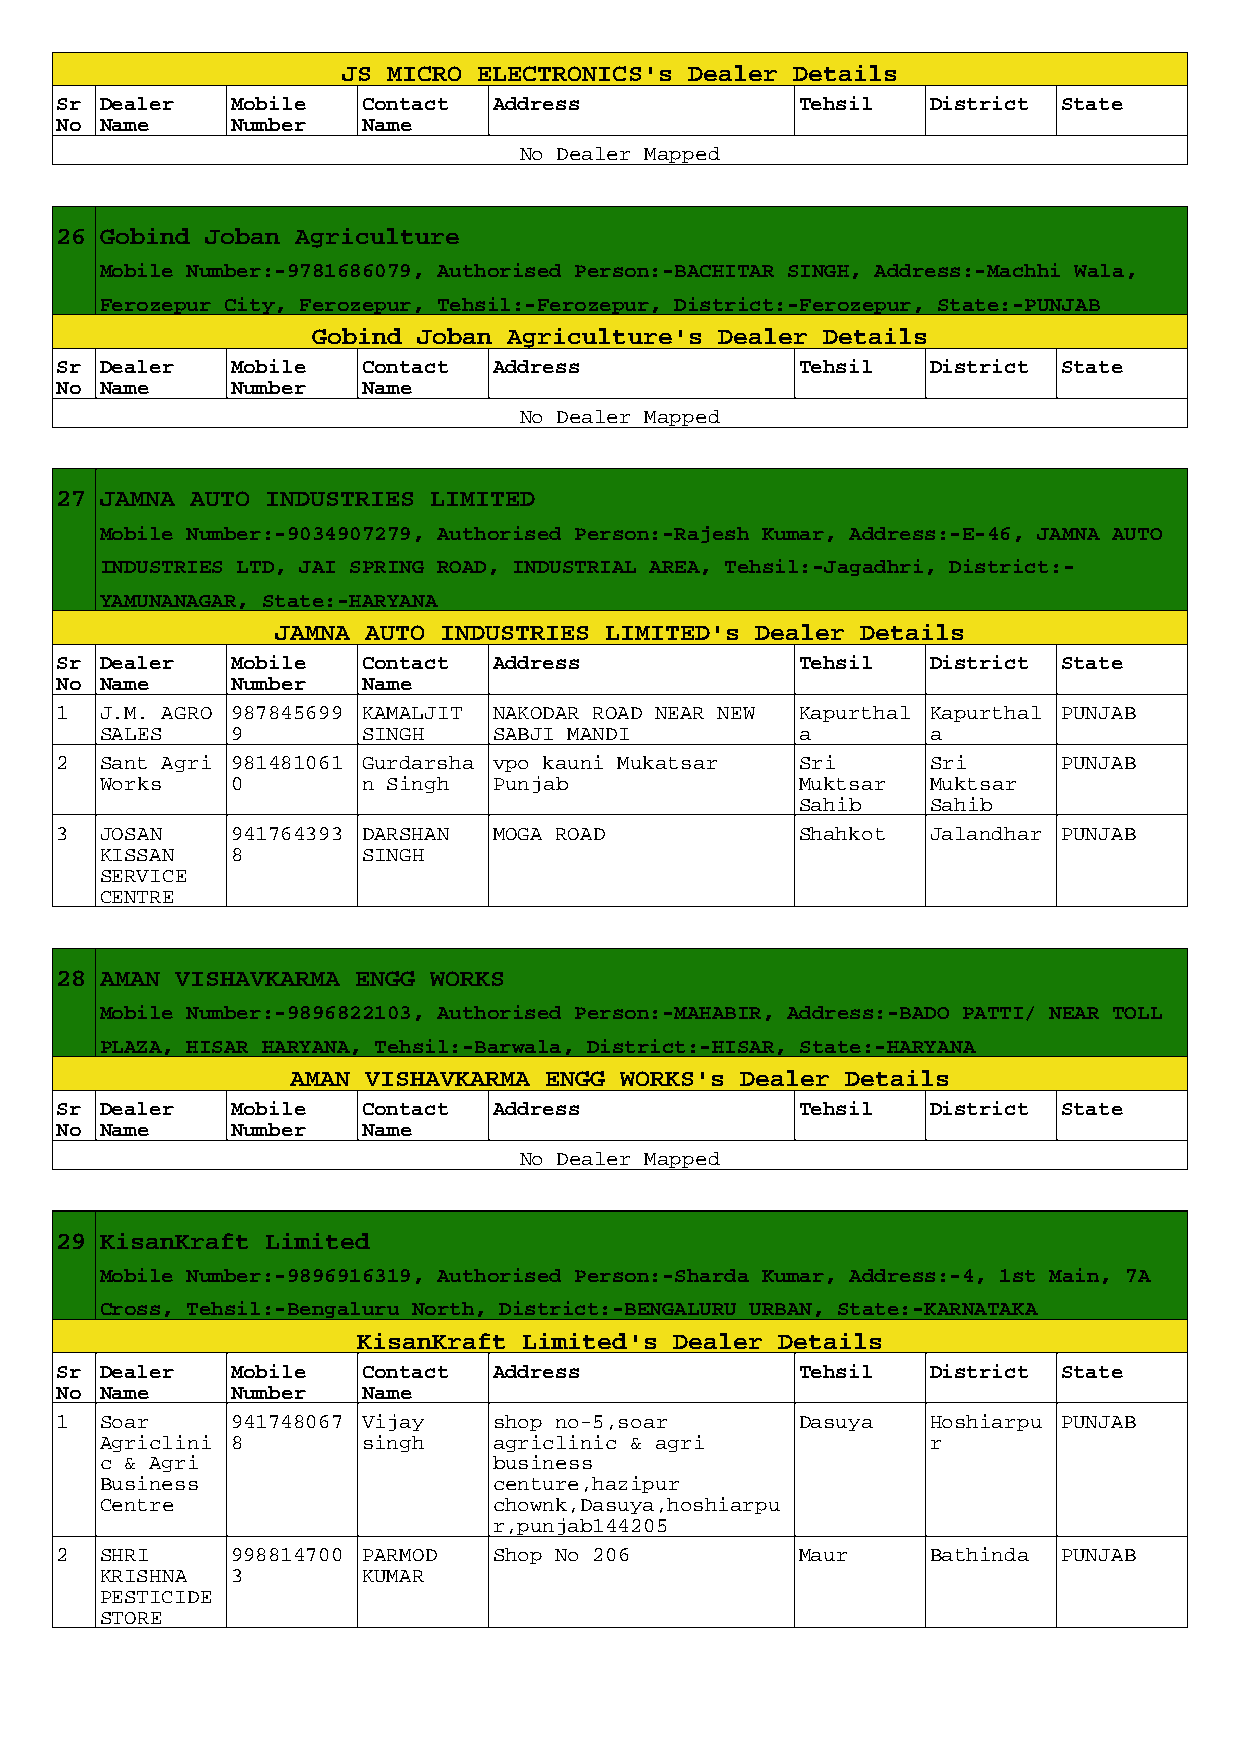
JS MICRO ELECTRONICS's Dealer Details
 Sr Dealer  Mobile   Contact  Address             Tehsil   District State
 No Name    Number   Name
 No Dealer Mapped
 26 Gobind Joban Agriculture
 Mobile Number:-9781686079, Authorised Person:-BACHITAR SINGH, Address:-Machhi Wala,
 Ferozepur City, Ferozepur, Tehsil:-Ferozepur, District:-Ferozepur, State:-PUNJAB
 Gobind Joban Agriculture's Dealer Details
 Sr Dealer  Mobile   Contact  Address             Tehsil   District State
 No Name    Number   Name
 No Dealer Mapped
 27 JAMNA AUTO INDUSTRIES LIMITED
 Mobile Number:-9034907279, Authorised Person:-Rajesh Kumar, Address:-E-46, JAMNA AUTO
 INDUSTRIES LTD, JAI SPRING ROAD, INDUSTRIAL AREA, Tehsil:-Jagadhri, District:-
 YAMUNANAGAR, State:-HARYANA
 JAMNA AUTO INDUSTRIES LIMITED's Dealer Details
 Sr Dealer  Mobile   Contact  Address             Tehsil   District State
 No Name    Number   Name
 1  J.M. AGRO 987845699 KAMALJIT NAKODAR ROAD NEAR NEW Kapurthal Kapurthal PUNJAB
 SALES   9        SINGH    SABJI MANDI         a        a
 2  Sant Agri 981481061 Gurdarsha vpo kauni Mukatsar Sri   Sri     PUNJAB
 Works   0        n Singh  Punjab              Muktsar  Muktsar
 Sahib    Sahib
 3  JOSAN   941764393 DARSHAN MOGA ROAD           Shahkot  Jalandhar PUNJAB
 KISSAN  8        SINGH
 SERVICE
 CENTRE
 28 AMAN VISHAVKARMA ENGG WORKS
 Mobile Number:-9896822103, Authorised Person:-MAHABIR, Address:-BADO PATTI/ NEAR TOLL
 PLAZA, HISAR HARYANA, Tehsil:-Barwala, District:-HISAR, State:-HARYANA
 AMAN VISHAVKARMA ENGG WORKS's Dealer Details
 Sr Dealer  Mobile   Contact  Address             Tehsil   District State
 No Name    Number   Name
 No Dealer Mapped
 29 KisanKraft Limited
 Mobile Number:-9896916319, Authorised Person:-Sharda Kumar, Address:-4, 1st Main, 7A
 Cross, Tehsil:-Bengaluru North, District:-BENGALURU URBAN, State:-KARNATAKA
 KisanKraft Limited's Dealer Details
 Sr Dealer  Mobile   Contact  Address             Tehsil   District State
 No Name    Number   Name
 1  Soar    941748067 Vijay   shop no-5,soar      Dasuya   Hoshiarpu PUNJAB
 Agriclini 8      singh    agriclinic & agri            r
 c & Agri                  business
 Business                  centure,hazipur
 Centre                    chownk,Dasuya,hoshiarpu
 r,punjab144205
 2  SHRI    998814700 PARMOD  Shop No 206         Maur     Bathinda PUNJAB
 KRISHNA 3        KUMAR
 PESTICIDE
 STORE